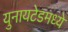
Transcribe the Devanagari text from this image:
युनायटेडमध्ये